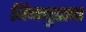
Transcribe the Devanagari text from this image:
बिनबुडाचा